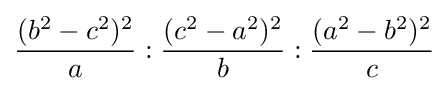
{\frac {(b^{2}-c^{2})^{2}}{a}}:{\frac {(c^{2}-a^{2})^{2}}{b}}:{\frac {(a^{2}-b^{2})^{2}}{c}}